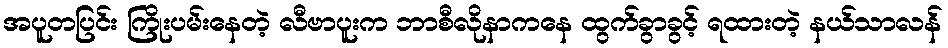
အပူတပြင်း ကြိုးပမ်းနေတဲ့ လီဗာပူးက ဘာစီလိုနာကနေ ထွက်ခွာခွင့် ရထားတဲ့ နယ်သာလန်